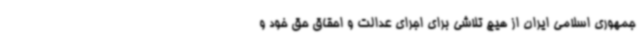
جمهوری اسلامی ایران از هیچ تلاشی برای اجرای عدالت و احقاق حق خود و